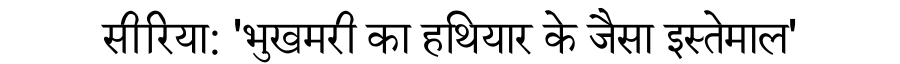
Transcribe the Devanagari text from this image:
सीरिया: 'भुखमरी का हथियार के जैसा इस्तेमाल'